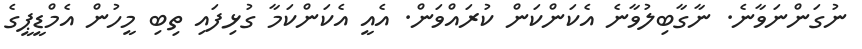
ނުގަންނަވާނެ. ނާގާބިލުވާނެ އެކަންކަން ކުރައްވަން. އެއީ އެކަންކަމާ ގުޅިފައި ތިބި މީހުން އެމްޑީޕީގެ